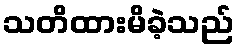
သတိထားမိခဲ့သည်